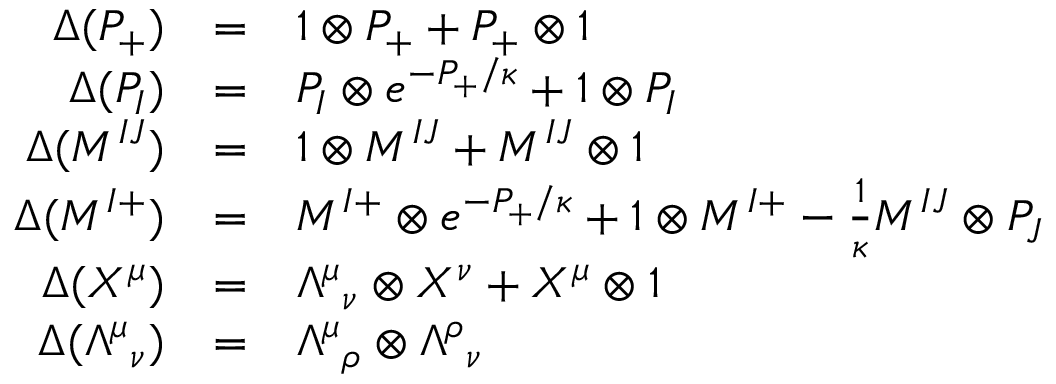
\begin{array} { r c l } { { \Delta ( P _ { + } ) } } & { { = } } & { { 1 \otimes P _ { + } + P _ { + } \otimes 1 } } \\ { { \Delta ( P _ { I } ) } } & { { = } } & { { P _ { I } \otimes e ^ { - P _ { + } / \kappa } + 1 \otimes P _ { I } } } \\ { { \Delta ( M ^ { I J } ) } } & { { = } } & { { 1 \otimes M ^ { I J } + M ^ { I J } \otimes 1 } } \\ { { \Delta ( M ^ { I + } ) } } & { { = } } & { { M ^ { I + } \otimes e ^ { - P _ { + } / \kappa } + 1 \otimes M ^ { I + } - \frac { 1 } { \kappa } M ^ { I J } \otimes P _ { J } } } \\ { { \Delta ( X ^ { \mu } ) } } & { { = } } & { { \Lambda ^ { \mu } { } _ { \nu } \otimes X ^ { \nu } + X ^ { \mu } \otimes 1 } } \\ { { \Delta ( \Lambda ^ { \mu } { } _ { \nu } ) } } & { { = } } & { { \Lambda ^ { \mu } { } _ { \rho } \otimes \Lambda ^ { \rho } { } _ { \nu } } } \end{array}